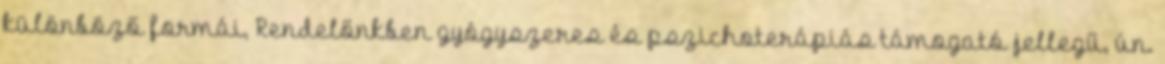
különböző formái, Rendelőnkben gyógyszeres és pszichoterápiás támogató jellegű, ún.